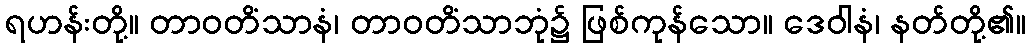
ရဟန်းတို့။ တာဝတိံသာနံ၊ တာဝတိံသာဘုံ၌ ဖြစ်ကုန်သော။ ဒေဝါနံ၊ နတ်တို့၏။